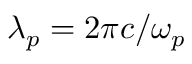
\lambda _ { p } = 2 \pi c / \omega _ { p }